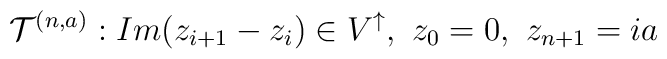
\mathcal{T}^{(n,a)}:Im(z_{i+1}-z_{i})\in V^{\uparrow},\,\,z_{0}=0,\,\,z_{n+1}=ia